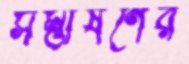
সম্ভাষণের